Annual vaccination report of Bihar and Orissa - 1911-1928
Year: 1911
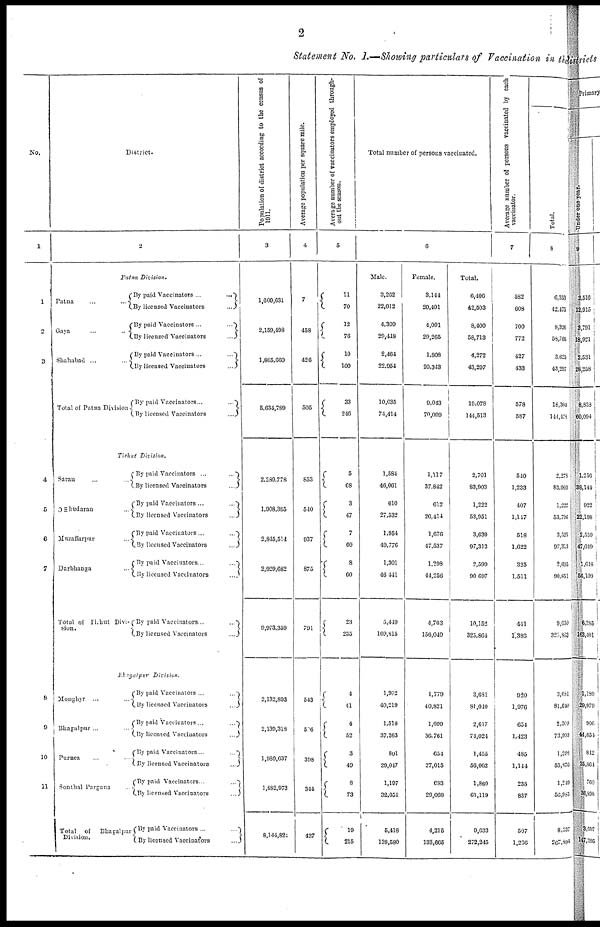
2
Statement No. I.—Showing particulars of Vaccination in the
No.
1
1
2
3
4
5
6
7
8
9
10
11
Districts
2
Patna Division.
Patna...
...
...
Gaya... ...
Shahabad ... ...
Total of Patna Division
By paid
Vaccinators...
...
By licensed
Vaccinators...
...
By paid Vaccinators...
...
...
By licensed Vaccinators... ... ...
By paid Vaccinators...
...
...
By licensed Vaccinators... ... ...
By paid Vaccinators...
...
...
By licensed Vaccinators... ... ...
Tirhut
Division.
Saran... ...
0 = hudaran... ...
Muzaffarpur... ...
Darbhanga... ...
Total of Tirhut Divi-
sion.
By paid Vaccinators... ...
By licensed Vaccinators... ... ...
By paid Vaccinators... ...
By licensed Vaccinators... ... ...
By paid Vaccinators... ...
By Licensed Vaccinators...
...
By paid Vaccinators...
...
...
By Licensed Vaccinators... ... ...
By paid Vaccinators...
...
By licensed Vaccinators... ... ...
Bhagalpur
Division.
Monghyr... ...
Bhagalpur... ...
Purnea... ...
Sonthal Pargana...
Total of Bhagalpur
Division.
By paid Vaccinators ...
...
By licensed
Vaccinators...
...
By paid
Vaccinators...
...
By licensed
Vaccinators...
...
By paid Vaccinators...
...
By licensed Vaccinators...
...
By paid Vaccinators...
...
By licensed
Vaccinators...
...
By paid Vaccinators ...
By licensed Vaccinators... ...
Population of district according to the census of
1011.
3
1,609,031
2,159,498
1,865,660
5,634,789
2,289,778
1,908,385
2,845,514
2,929,682
9,973,359
2,132,893
2,139,318
1,989,637
1,882,973
8,144,824
Average population per square mile.
4
7
458
426
505
853
540
937
875
791
543
506
398
344
437
Average number of vaccinators employed through-
out the season.
5
11
70
12
76
10
100
33
246
5
68
3
47
7
60
8
60
23
235
4
41
4
52
3
49
8
73
19
215
Total number of persons vaccinated.
6
Male.
3,262
22,012
4,309
29,418
2,464
22,954
10,035
74,414
1,584
46,061
610
27,532
1,954
49,776
1,301
46,441
5,419
169,815
1,902
40,219
1,518
37,263
801
29,047
1,197
32,051
5,418
138,580
Female.
3,144
20,491
4,091
29,265
1,808
20,343
9,043
70,099
1,117
37,842
612
26,414
1,676
47,537
1,298
44,256
4,703
156,049
1,779
40,821
1,099
36,761
654
27,015
683
29,068
4,215
133,665
Total.
6,406
42,503
8,400
58,713
4,272
43,297
19,078
144,513
2,701
83,903
1,222
53,951
3,630
97,313
2,599
90,697
10,152
325,864
3,681
81,010
2,617
74,024
1,455
56,062
1,880
61,119
9,633
272,245
Average number of persons vaccinated by each
vaccinator.
7
582
608
700
772
427
433
578
587
540
1,233
407
1,147
518
1,622
325
1,511
441
1,386
920
1,976
654
1,423
485
1,144
235
837
507
1,266
Total.
8
6,353
42,475
8,326
58,706
3,625
43,297
16,304
144,478
2,278
83,900
1,224
53,796
3,325
97,313
2,605
90,851
9,639
325,863
3,681
81,040
2,309
73,993
1,298
55,876
1,249
56,953
8,537
267,894